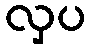
လှပ